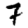
Digit: 7